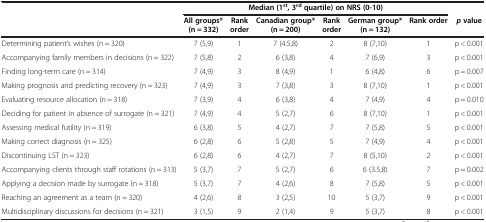
|  | <COLSPAN=6> Median (1st, 3rd quartile) on NRS (0-10) |  |
 |  | All groups* (n = 332) | Rank order | Canadian group* (n = 200) | Rank order | German group* (n = 132) | Rank order | p value |
 | --- | --- | --- | --- | --- | --- | --- | --- |
 | Determining patient’s wishes (n = 320) | 7 (5,9) | 1 | 7 (4.5,8) | 2 | 8 (7,10) | 1 | p < 0.001 |
 | Accompanying family members in decisions (n = 322) | 7 (5,8) | 2 | 6 (3,8) | 4 | 7 (6,9) | 3 | p < 0.001 |
 | Finding long-term care (n = 314) | 7 (4,9) | 3 | 8 (4,9) | 1 | 6 (4,8) | 6 | p = 0.007 |
 | Making prognosis and predicting recovery (n = 323) | 7 (4,9) | 3 | 7 (3,8) | 3 | 8 (7,10) | 1 | p < 0.001 |
 | Evaluating resource allocation (n = 318) | 7 (3,9) | 4 | 6 (3,8) | 4 | 7 (4,9) | 4 | p = 0.010 |
 | Deciding for patient in absence of surrogate (n = 321) | 7 (4,9) | 4 | 5 (2,7) | 6 | 8 (7,10) | 1 | p < 0.001 |
 | Assessing medical futility (n = 319) | 6 (3,8) | 5 | 4 (2,7) | 7 | 7 (5,8) | 5 | p < 0.001 |
 | Making correct diagnosis (n = 325) | 6 (2,8) | 6 | 5 (2,8) | 5 | 7 (4,9) | 4 | p < 0.001 |
 | Discontinuing LST (n = 323) | 6 (2,8) | 6 | 4 (2,7) | 7 | 8 (5,10) | 2 | p < 0.001 |
 | Accompanying clients through staff rotations (n = 313) | 5 (3,7) | 7 | 5 (2,7) | 6 | 6 (3.5,8) | 7 | p = 0.002 |
 | Applying a decision made by surrogate (n = 318) | 5 (3,7) | 7 | 4 (2,6) | 8 | 7 (5,8) | 5 | p < 0.001 |
 | Reaching an agreement as a team (n = 320) | 4 (2,6) | 8 | 3 (2,5) | 10 | 5 (3,7) | 9 | p < 0.001 |
 | Multidisciplinary discussions for decisions (n = 321) | 3 (1,5) | 9 | 2 (1,4) | 9 | 5 (3,7) | 8 | p < 0.001 |